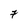
Character: 7